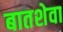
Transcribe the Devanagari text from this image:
बातशेवा